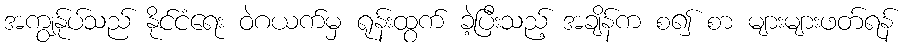
အကျွန်ုပ်သည် နိုင်ငံရေး ဝဲဂယက်မှ ရုန်းထွက် ခဲ့ပြီးသည့် အချိန်က စ၍ စာ များများဖတ်ရန်